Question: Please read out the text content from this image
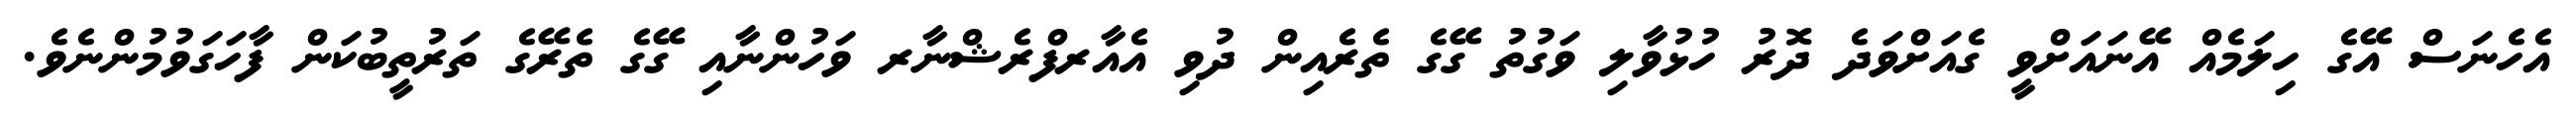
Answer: އެހެނަސް އޭގެ ހިލަމެއް އޭނައަށްވީ ގެއަށްވަދެ ދޮރު ހުޅުވާލި ވަގުތު ގޭގެ ތެރެއިން ދުވި އެއާރފްރެޝްނާރ ވަހުންނާއި ގޭގެ ތެރޭގެ ތަރުތީބުކަން ފާހަގަވުމުންނެވެ.